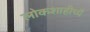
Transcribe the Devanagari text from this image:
लोकशाहीच्यै